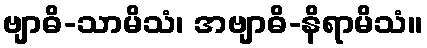
ဗျာဓိ-သာမိသံ၊ အဗျာဓိ-နိရာမိသံ။